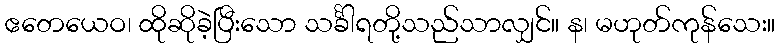
ဧတေယေဝ၊ ထိုဆိုခဲ့ပြီးသော သင်္ခါရတို့သည်သာလျှင်။ န၊ မဟုတ်ကုန်သေး။